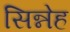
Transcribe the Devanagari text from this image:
सिन्नेह